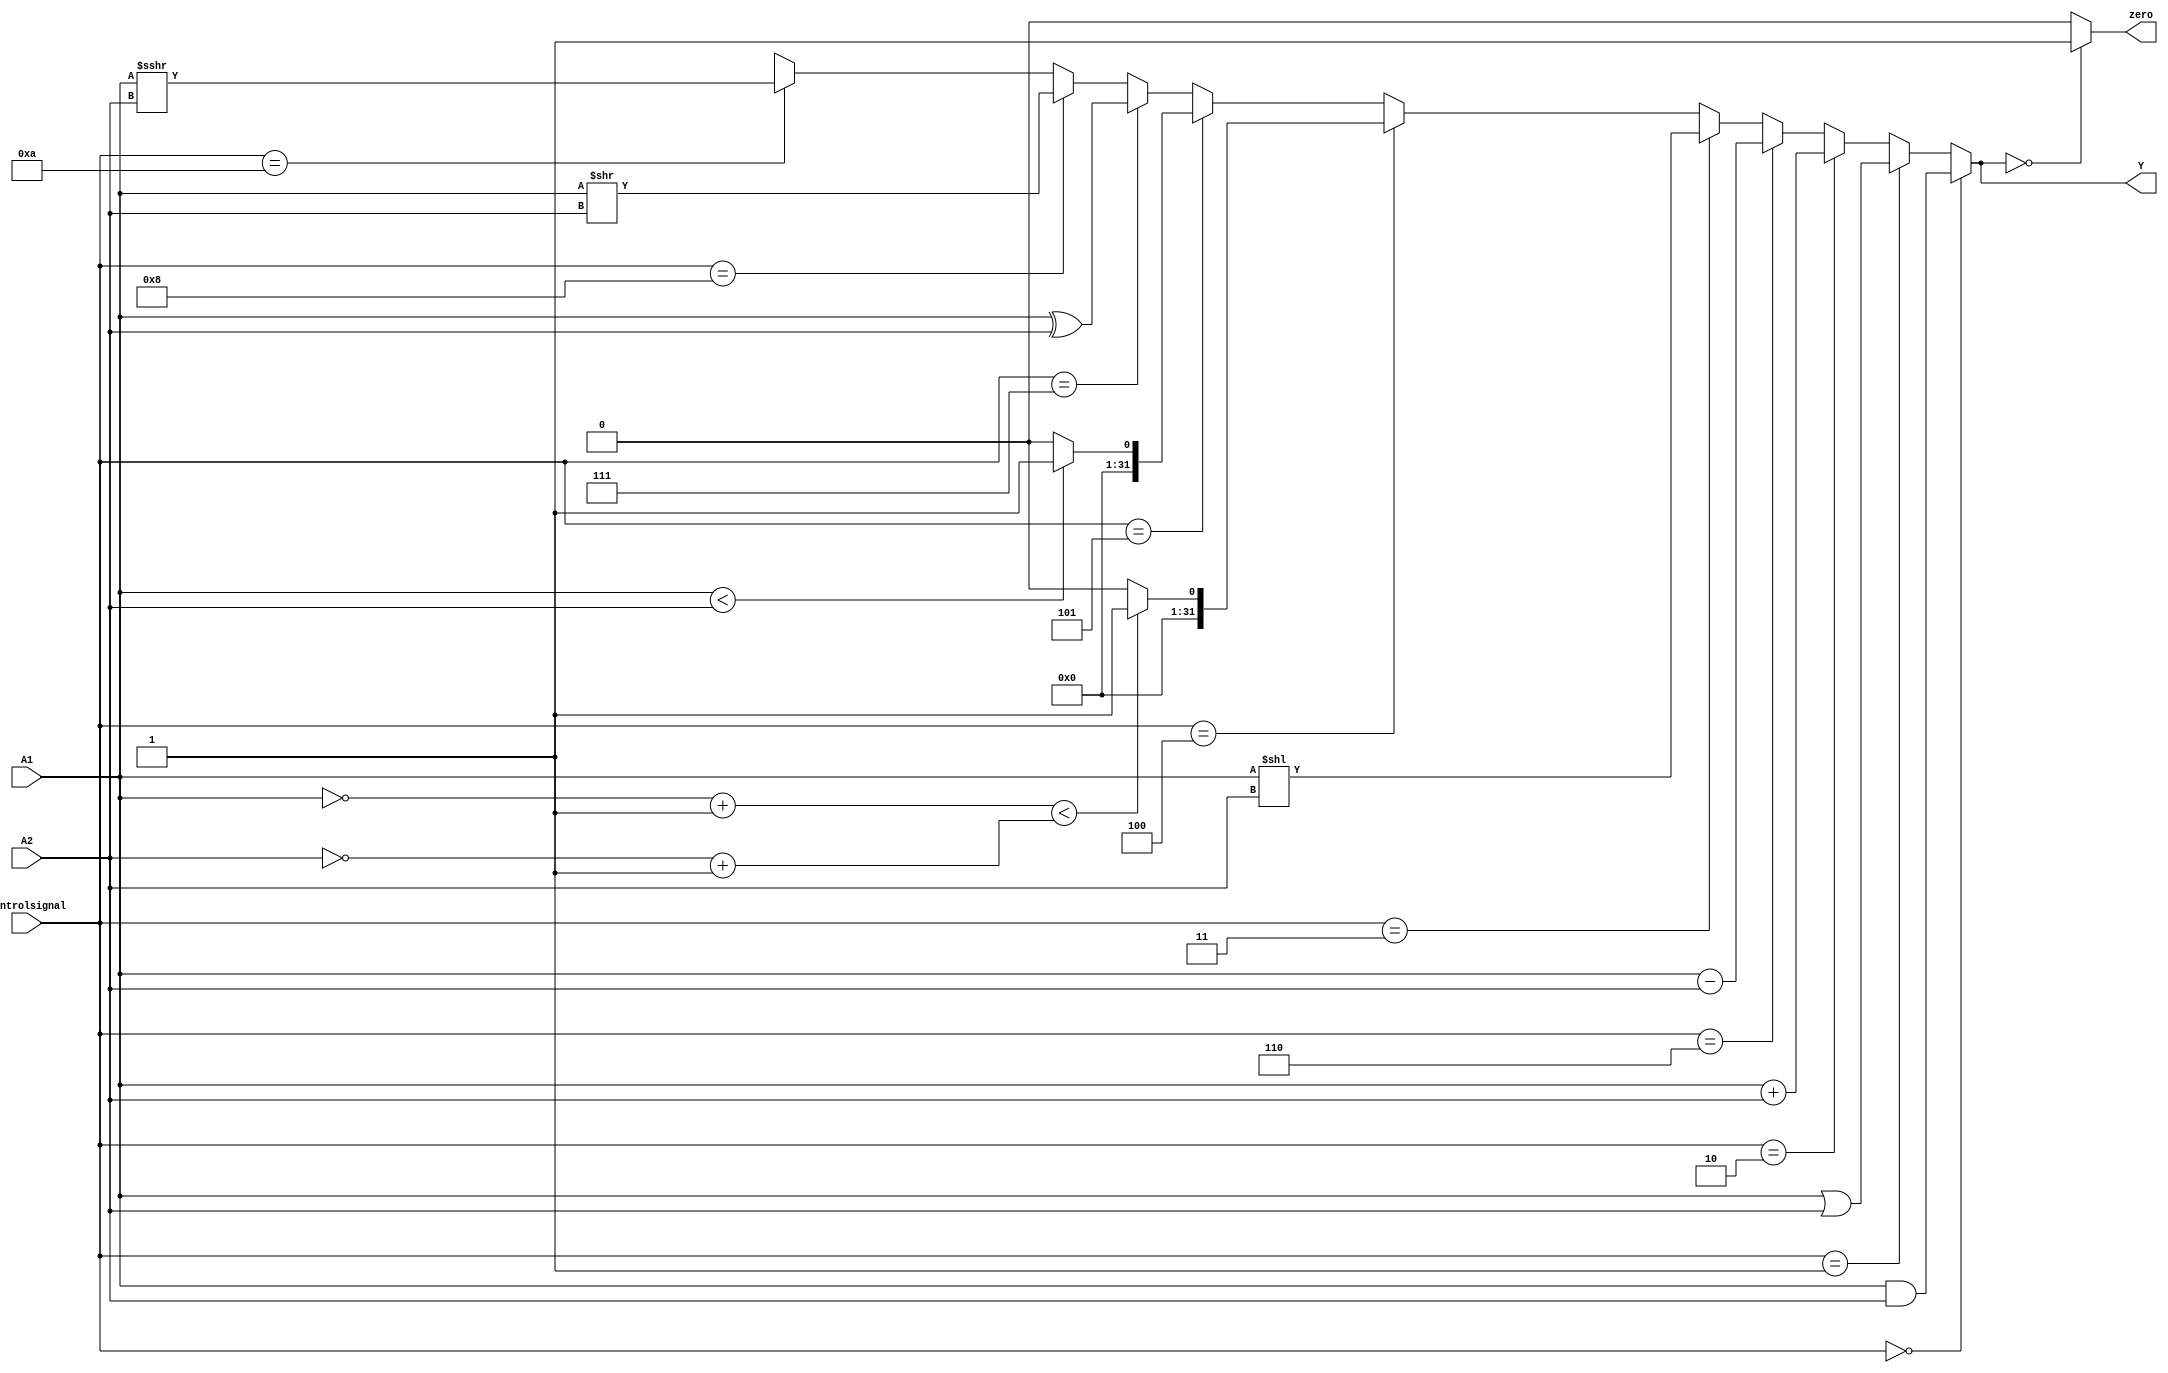
module ALU #(parameter Width = 32)(
input [3:0] controlsignal, input [Width-1:0] A1,A2,
output reg [Width-1:0] Y, output zero);
//wire [63:0] B;
always @(*)
begin
if (controlsignal == 4'b0000)
 Y = A1 & A2;
else if (controlsignal == 4'b0001)
 Y = A1 | A2;
else if(controlsignal == 4'b0010)
 Y = A1 + A2;
else if(controlsignal == 4'b0110)
Y = A1 - A2;
else if(controlsignal == 4'b0011)
Y = A1 << A2;
else if(controlsignal == 4'b0100)
begin
//A1 = ~A1 + 1;
//A2 = ~A2 + 1;
if((~A1+1) < (~A2+1))
Y = 1;
else 
Y = 0; 
end
else if(controlsignal == 4'b0101)
begin
if(A1 < A2)
Y = 1;
else 
Y = 0;
end
else if(controlsignal == 4'b0111)
Y = A1 ^ A2;
else if(controlsignal == 4'b1000)
Y = A1 >> A2;
else if(controlsignal == 4'b1010)
Y = A1 >>> A2;
else
 Y = {Width{1'bx}};
end 
assign zero = (Y == 0) ? 1 : 0;
endmodule